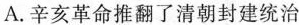
A.辛亥革命推翻了清朝封建统治